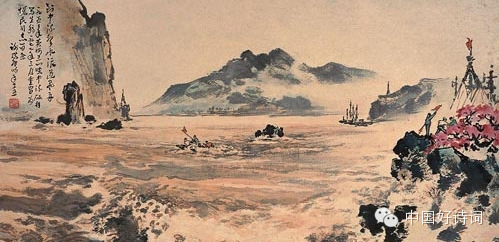
生平未报国，留作忠魂补。